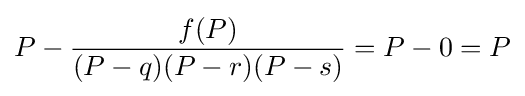
P-{\frac {f(P)}{(P-q)(P-r)(P-s)}}=P-0=P